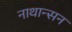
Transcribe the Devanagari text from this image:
नाथान्सन